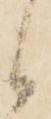
候